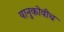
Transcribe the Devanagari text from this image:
यानुकोवीच